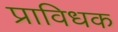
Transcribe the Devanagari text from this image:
प्राविधक